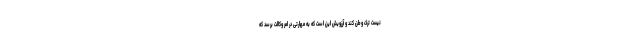
نیست ترک وطن کند و آرزویش این است که به مهارتی در امر وکالت برسد که